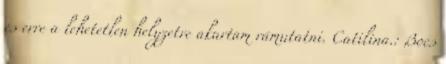
és erre a lehetetlen helyzetre akartam rámutatni. Catilina.: Bocs